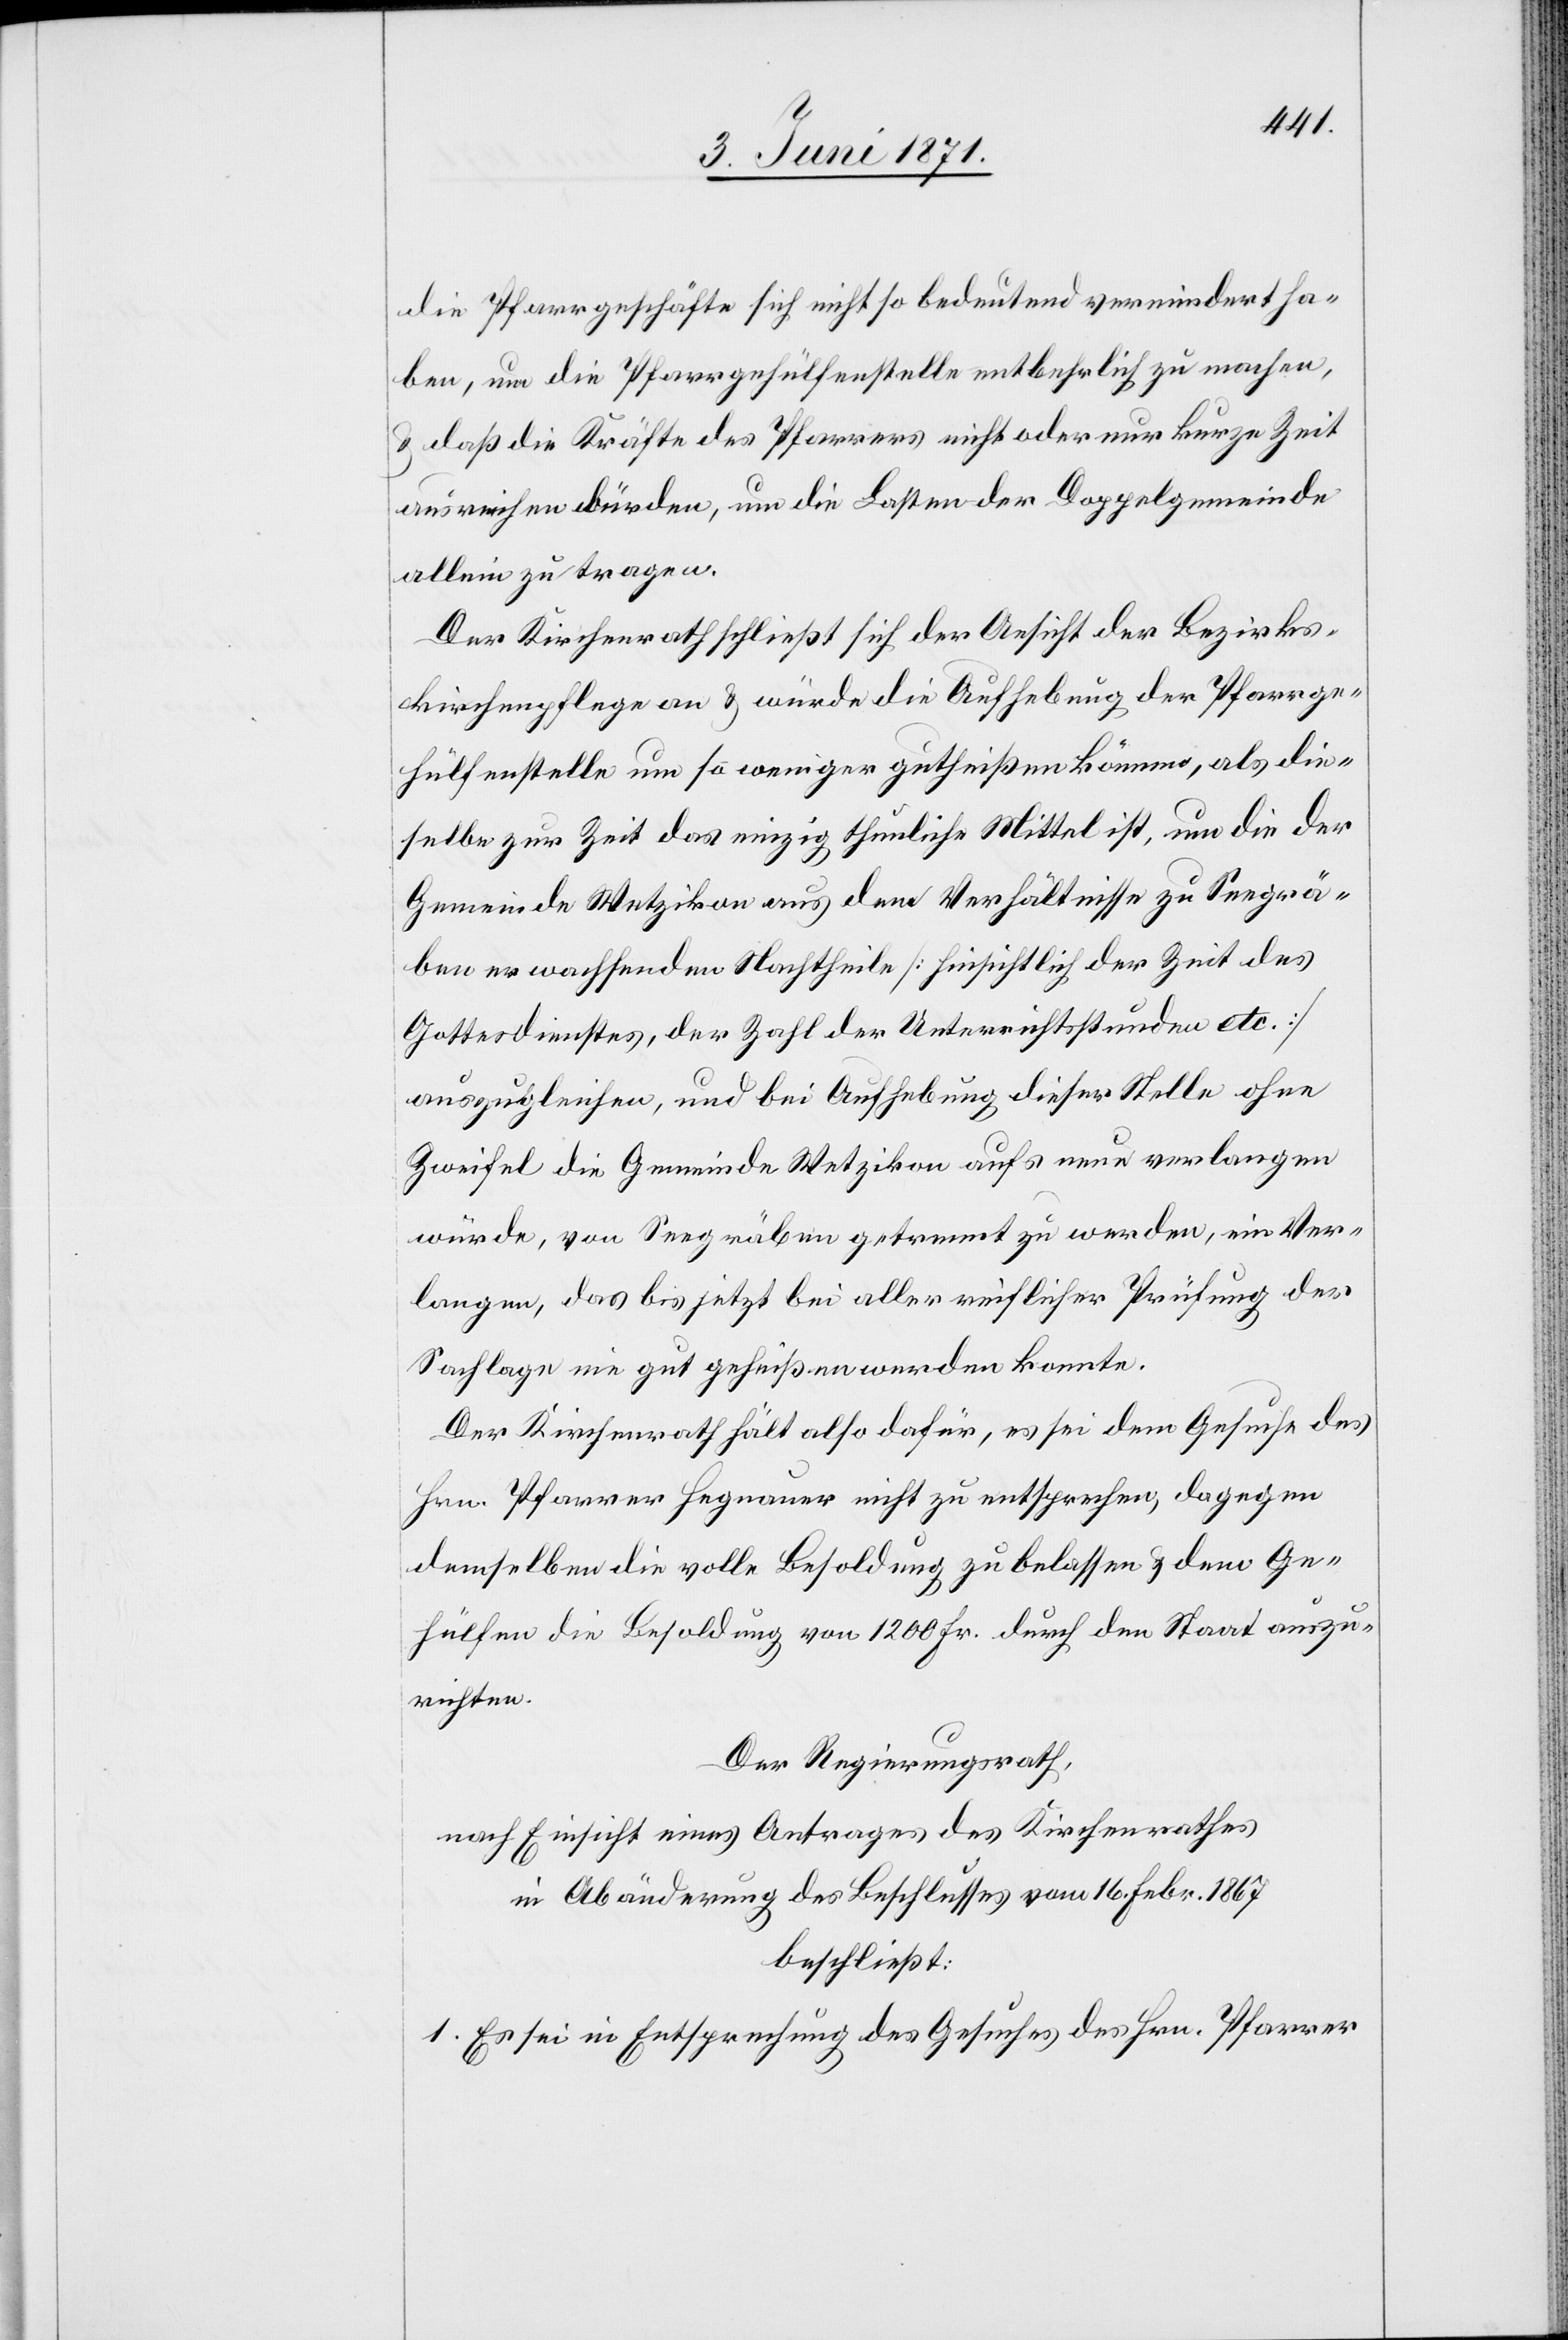
die Pfarrgeschäfte sich nicht so bedeutend vermindert ha¬
ben, um die Pfarrgehülfenstelle entbehrlich zu machen,
u. daß die Kräfte des Pfarrers nicht oder nur kurze Zeit
ausreichen würden, um die Lasten der Doppelgemeinde
allein zu tragen.
Der Kirchenrath schließt sich der Ansicht der Bezirks¬
kirchenpflege an u. würde die Aufhebung der Pfarrge¬
hülfenstelle um so weniger gutheißen können, als die¬
selbe zur Zeit das einzig thunliche Mittel ist, um die der
Gemeinde Wetzikon aus dem Verhältnisse zu Seegrä¬
ben erwachsenden Nachtheile [hinsichtlich der Zeit des
Gottesdienstes, der Zahl der Unterrichtsstunden etc.]
auszugleichen, und bei Aufhebung dieser Stelle ohne
Zweifel die Gemeinde Wetzikon aufs neue verlangen
würde, von Seegräben getrennt zu werden, ein Ver¬
langen, das bis jetzt bei aller reiflicher Prüfung der
Sachlage nie gut geheißen werden konnte.
Der Kirchenrath hält also dafür, es sei dem Gesuche des
Hrn. Pfarrer Hegnauer nicht zu entsprechen, dagegen
demselben die volle Besoldung zu belassen u. dem Ge¬
hülfen die Besoldung von 1200 Fr. durch den Staat auszu¬
richten.
Der Regierungsrath,
nach Einsicht eines Antrages des Kirchenrathes
in Abänderung des Beschlusses vom 16. Febr. 1867
beschließt:
1. Es sei in Entsprechung des Gesuches des Hrn. Pfarrer